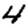
Digit: 4